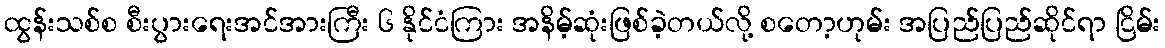
ထွန်းသစ်စ စီးပွားရေးအင်အားကြီး ၆ နိုင်ငံကြား အနိမ့်ဆုံးဖြစ်ခဲ့တယ်လို့ စတော့ဟုမ်း အပြည်ပြည်ဆိုင်ရာ ငြိမ်း